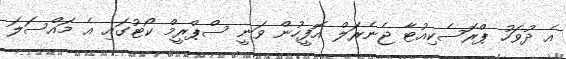
އެ ދުވަހު ޕްރޮސެކިއުޓާ ޖެނެރަލް އޮފީހުން ވަނީ ސްޕްރީމް ކޯޓުގައި އެ މައްސަލަ